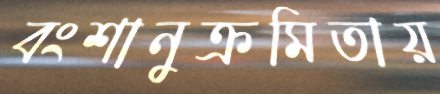
বংশানুক্রমিতায়